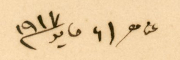
عن ٢١ مايو ١٩١٧